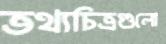
তথ্যচিত্রগুলো